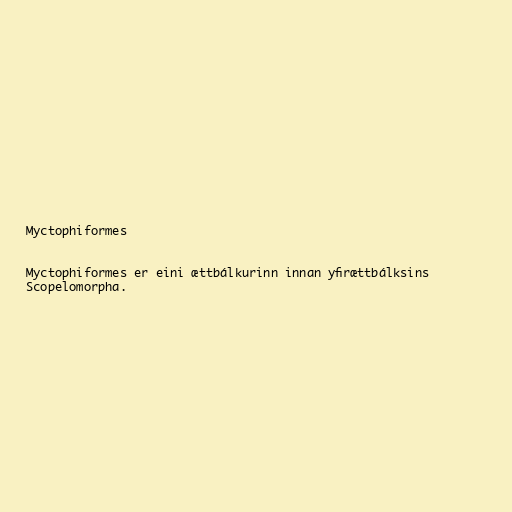
Myctophiformes

Myctophiformes er eini ættbálkurinn innan yfirættbálksins
Scopelomorpha.